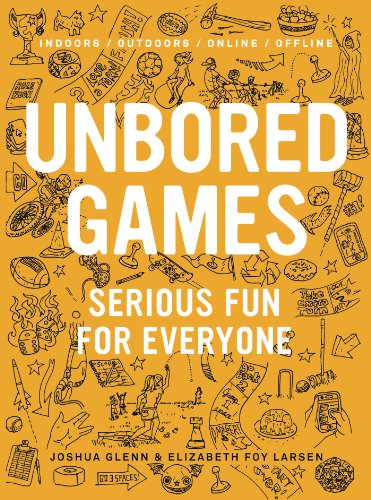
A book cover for UNBORED Games: Serious Fun for Everyone; Elizabeth Foy Larsen; Parenting & Relationships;